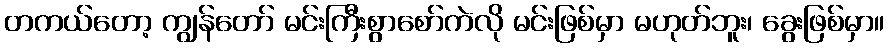
တကယ်တော့ ကျွန်တော် မင်းကြီးစွာစော်ကဲလို မင်းဖြစ်မှာ မဟုတ်ဘူး၊ ခွေးဖြစ်မှာ။